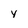
Character: y